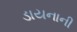
ડાયનાની